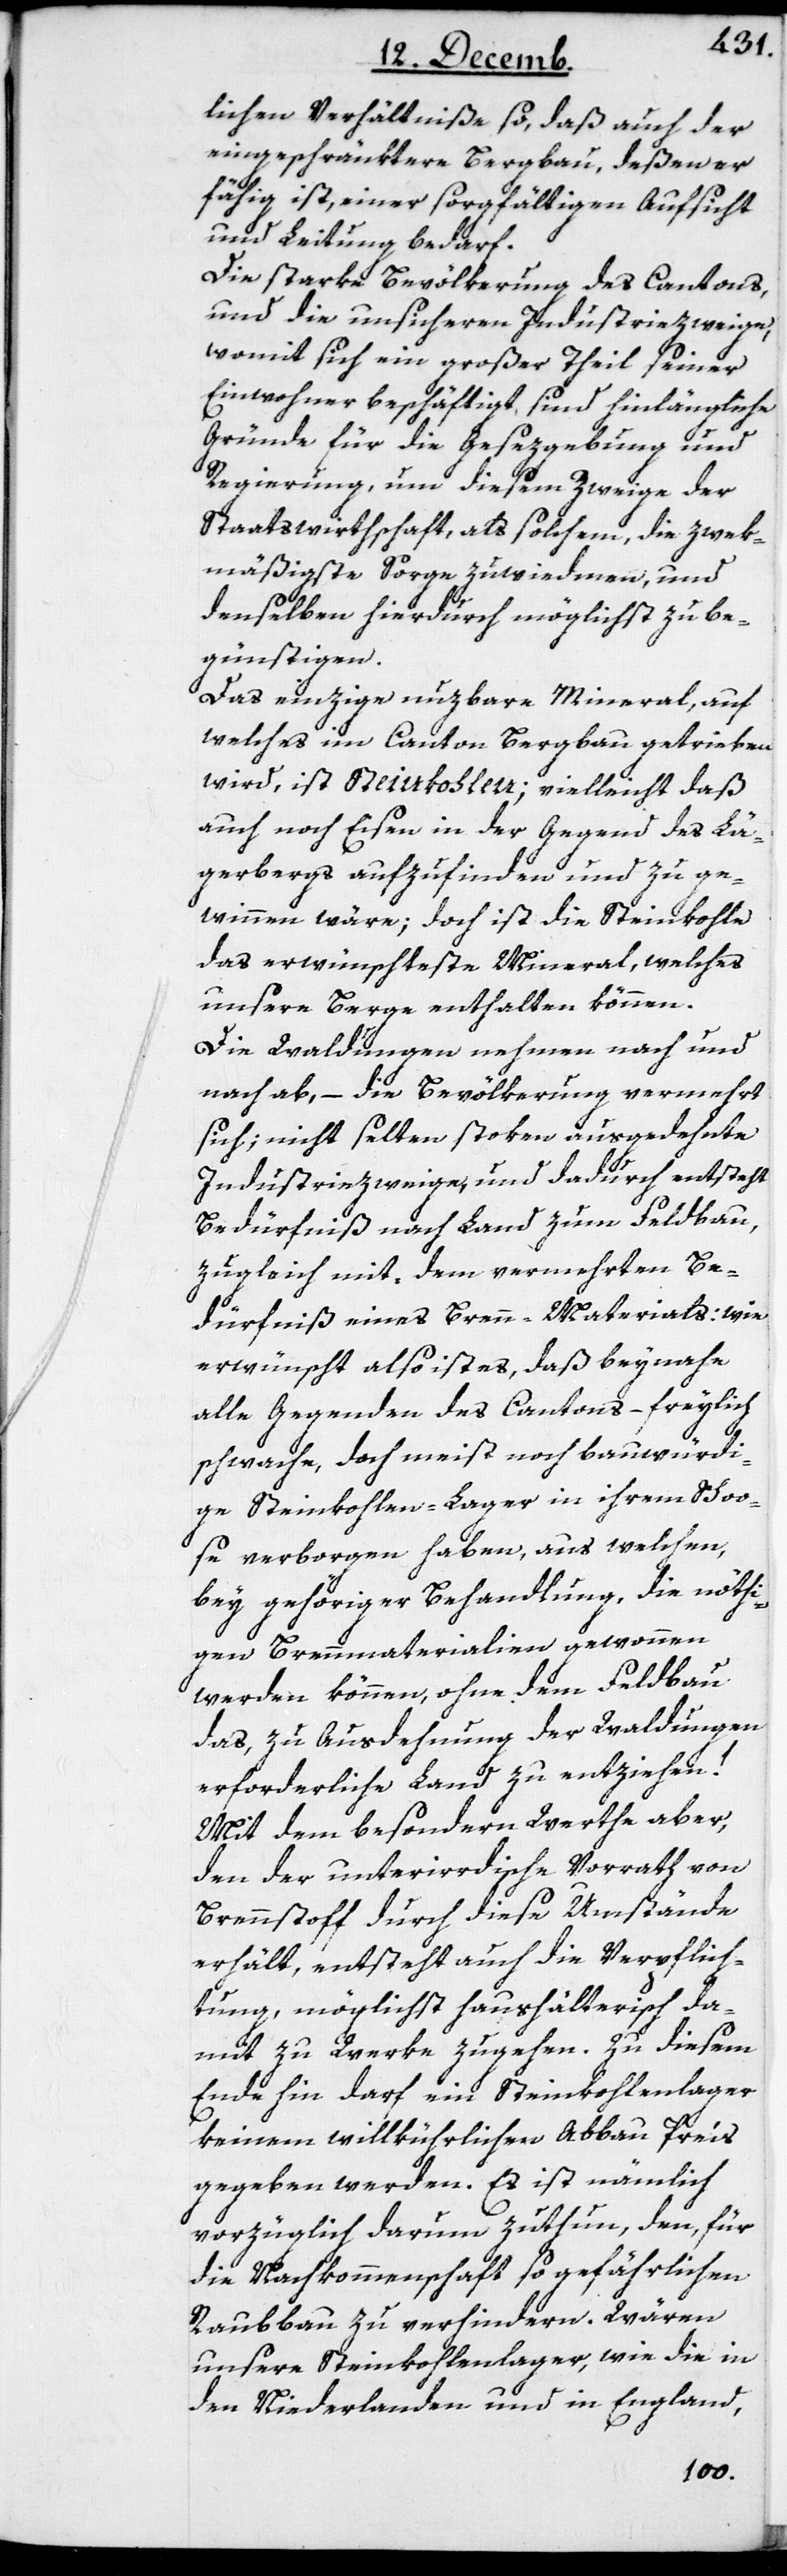
lichen Verhältniße so, daß auch der
eingeschränktere Bergbau, deßen er
fähig ist, einer sorgfältigen Aufsicht
und Leitung bedarf.
Die starke Bevölkerung des Cantons,
und die unsicheren Industriezweige,
womit sich ein großer Theil seiner
Einwohner beschäftigt, sind hinlängliche
Gründe für die Gesezgebung und
Regierung, um diesem Zweige der
Staatswirthschaft, als solchem, die zwek¬
mäßigste Sorge zu wiedmen, und
denselben hierdurch möglichst zu be¬
günstigen.
Das einzige nuzbare Mineral, auf
welches im Canton Bergbau getrieben
wird, ist Steinkohlen; vielleicht daß
auch noch Eisen in der Gegend des Lä¬
gerbergs aufzufinden und zu ge¬
winnen wäre; doch ist die Steinkohle
das erwünscheste Mineral, welches
unsere Berge enthalten können.
Die Waldungen nehmen nach und
nach ab, – die Bevölkerung vermehrt
sich; nicht selten stoken ausgedehnte
Industriezweige und dadurch entsteht
Bedürfniß nach Land zum Feldbau,
zugleich mit dem vermehrten Be¬
dürfniß eines Brenn-Materials: wie
erwünscht also ist es, daß beynahe
alle Gegenden des Cantons, – freylich
schwache, doch meist noch bauwürdi¬
ge Steinkohlen-Lager in ihrem Scho¬
se verborgen haben, aus welchen,
bey gehöriger Behandlung, die nöthi¬
gen Brennmaterialien gewonnen
werden können, ohne dem Feldbau
das, zu Ausdehnung der Waldungen
erforderliche Land zu entziehen!
Mit dem besonderen Werthe aber,
den der unterirdische Vorrath von
Brennstoff durch diese Umstände
erhält, entsteht auch die Verpflich¬
tung, möglichst haushälterisch da¬
mit zu Werke zugehen. Zu diesem
Ende hin darf ein Steinkohlenlager
keinem willkührlichen Abbau Preis
gegeben werden. Es ist nämlich
vorzüglich darum zuthun, den für
die Nachkommenschaft so gefährlichen
Raubbau zu verhindern. Wären
unsere Steinkohlenlager, wie die in
den Niederlanden und in England,